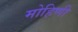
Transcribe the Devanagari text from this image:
मोहिणी